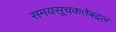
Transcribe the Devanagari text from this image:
समयसूचकतेबद्दल